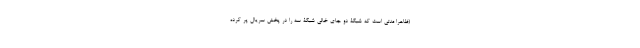
(ظاهرا مدتی است که شبکۀ دو جای خالی شبکۀ سه را در پخش سریال پر کرده